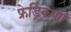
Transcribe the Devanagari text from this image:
फ्रेड्रिकणी